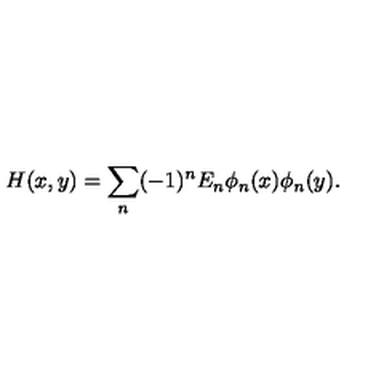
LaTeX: H ( x , y ) = \sum _ { n } ( - 1 ) ^ { n } E _ { n } \phi _ { n } ( x ) \phi _ { n } ( y ) .